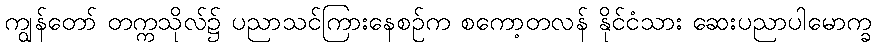
ကျွန်တော် တက္ကသိုလ်၌ ပညာသင်ကြားနေစဉ်က စကော့တလန် နိုင်ငံသား ဆေးပညာပါမောက္ခ